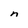
Character: n